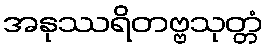
အနုဿရိတဗ္ဗသုတ္တံ